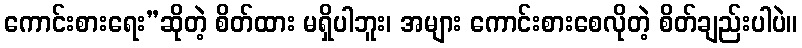
ကောင်းစားရေး”ဆိုတဲ့ စိတ်ထား မရှိပါဘူး၊ အများ ကောင်းစားစေလိုတဲ့ စိတ်ချည်းပါပဲ။